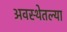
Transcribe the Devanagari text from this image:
अवस्थेतल्या